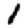
Digit: 1